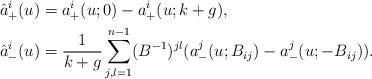
LaTeX: \begin{align*}&\hat{a}_{+}^{i}(u)=a_{+}^{i}(u;0)-a_{+}^{i}(u;k+g),\\&\hat{a}_{-}^{i}(u)=\frac{1}{k+g}\sum_{j,l=1}^{n-1}(B^{-1})^{jl}(a_{-}^{j}(u;B_{ij})-a_{-}^{j}(u;-B_{ij})).\end{align*}